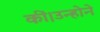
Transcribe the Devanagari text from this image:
कीं।उन्होने